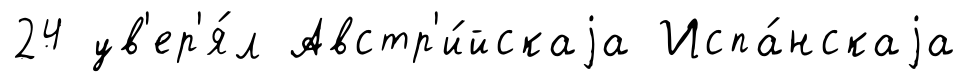
24 ув'ер'я́л Австр'и́йскаjа Испа́нскаjа